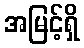
အမြင့်ရှိ